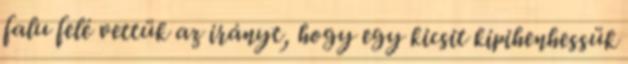
falu felé vettük az irányt, hogy egy kicsit kipihenhessük